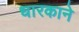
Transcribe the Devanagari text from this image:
धारकाने